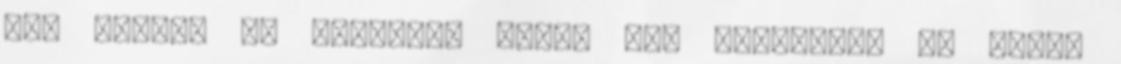
egy kicsit is kétséges volt, azt kidobtam, és újjal